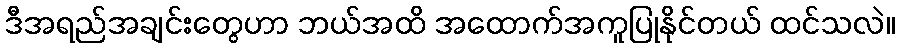
ဒီအရည်အချင်းတွေဟာ ဘယ်အထိ အထောက်အကူပြုနိုင်တယ် ထင်သလဲ။